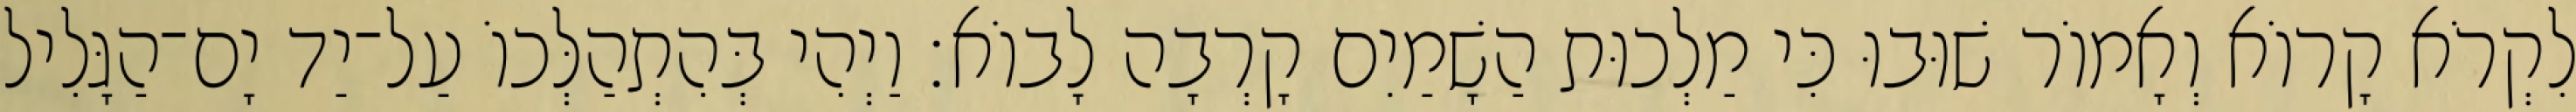
לִקְרֹא קָרוֹא וְאָמוֹר שׁוּבוּ כִּי מַלְכוּת הַשָׁמַיִם קָרְבָה לָבוֹא׃ וַיְהִי בְּהִתְהַלְּכוֹ עַל־יַד יָם־הַגָּלִיל